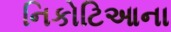
નિકોટિઆના